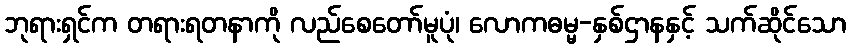
ဘုရားရှင်က တရားရတနာကို လည်စေတော်မူပုံ၊ လောကဓမ္မ-နှစ်ဌာနနှင့် သက်ဆိုင်သော